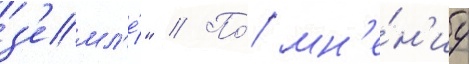
з'емл'е́" // По́ мн'е́н'иу